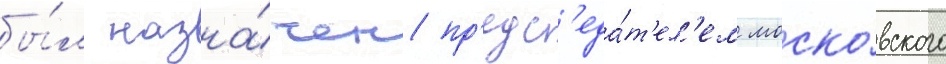
бы́л назна́чен пр'едс'еда́т'ел'ем моско́вского